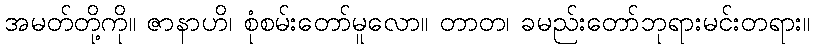
အမတ်တို့ကို။ ဇာနာဟိ၊ စုံစမ်းတော်မူလော။ တာတ၊ ခမည်းတော်ဘုရားမင်းတရား။